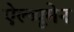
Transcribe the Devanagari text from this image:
ऐल्ब्यूमेन